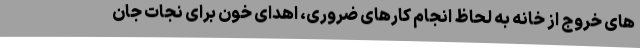
های خروج از خانه به لحاظ انجام کارهای ضروری، اهدای خون برای نجات جان